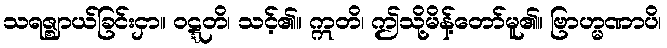
သရဇ္ဈာယ်ခြင်းငှာ။ ဝဋ္ဋတိ၊ သင့်၏။ ဣတိ၊ ဤသို့မိန့်တော်မူ၏။ ဗြာဟ္မဏာပိ၊